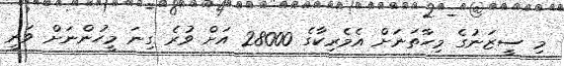
މި ސީޒަނުގެ މިހާތަނަށް އެމެރިކާގެ 28000 އަށް ވުރެ ގިނަ މީހުންނަށް ވަނީ